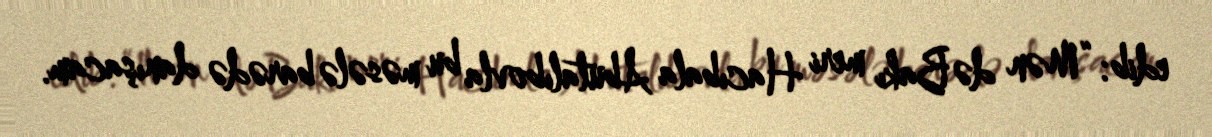
edib: “Mən də Bakı meri Hacıbala Abutalıbovla bu məsələ barədə danışacam.